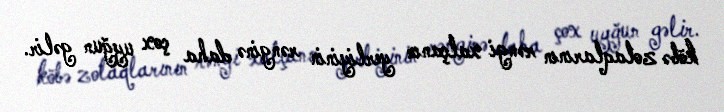
köbə zolaqlarının rəngi xalçanın yerliyinin rənginə daha çox uyğun gəlir.